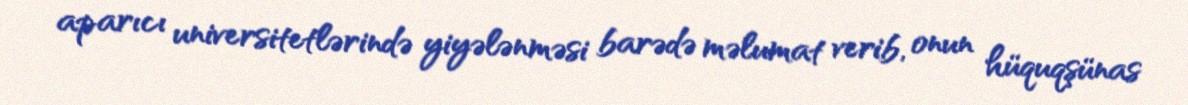
aparıcı universitetlərində yiyələnməsi barədə məlumat verib, onun hüquqşünas